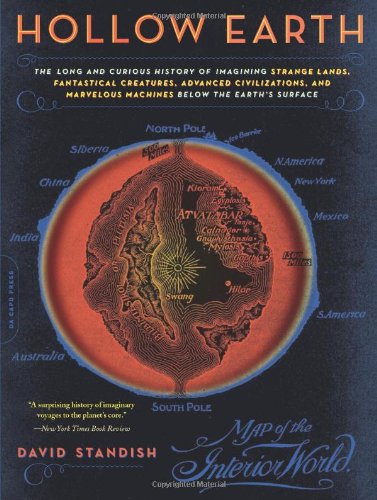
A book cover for Hollow Earth: The Long and Curious History of Imagining Strange Lands, Fantastical Creatures, Advanced Civilizations, and Marvelous Machines Below the Earth's Surface; David Standish; Science Fiction & Fantasy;